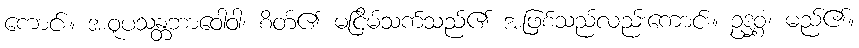
ကောင်း။ အဝူပသန္တဘာဝေါဝါ၊ စိတ်၏ မငြိမ်သက်သည်၏ အဖြစ်သည်လည်းကောင်း။ ဥဒ္ဓစ္စံ၊ မည်၏။